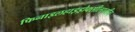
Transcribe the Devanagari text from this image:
फिनाइलहाइड्रोक्सीलएमीन